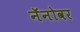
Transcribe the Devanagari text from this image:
नॅनोवर